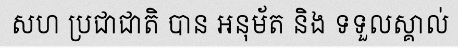
សហ ប្រជាជាតិ បាន អនុម័ត និង ទទួលស្គាល់